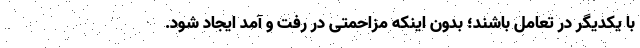
با یکدیگر در تعامل باشند؛ بدون اینکه مزاحمتی در رفت و آمد ایجاد شود.